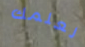
لعلمك